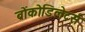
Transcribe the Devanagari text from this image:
ब्रोंकोडिलेटर्स